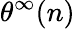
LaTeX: \theta^{\infty}(n)